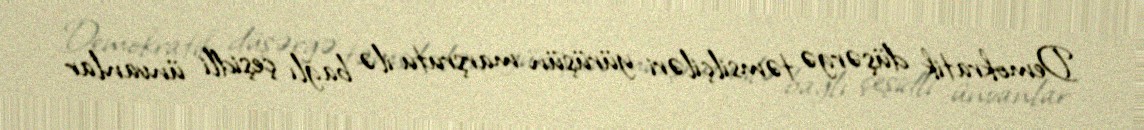
Demokratik düşərgə təmsilçiləri yürüşün marşrutu ilə bağlı çeşidli ünvanlar